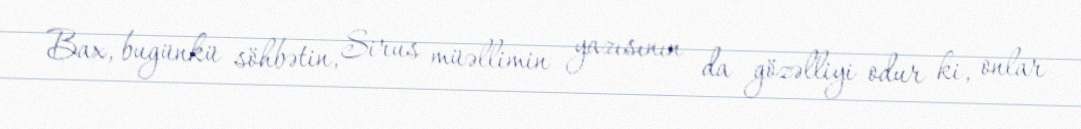
Bax, bugünkü söhbətin, Sirus müəllimin yazısının da gözəlliyi odur ki, onlar